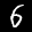
Label: 6